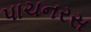
પાચનરસ